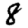
Digit: 8